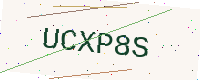
Text: UCXP8S